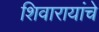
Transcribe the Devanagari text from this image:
शिवारायांचे